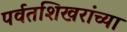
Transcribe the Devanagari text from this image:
पर्वतशिखरांच्या